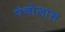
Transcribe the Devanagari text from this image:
पंचोलास